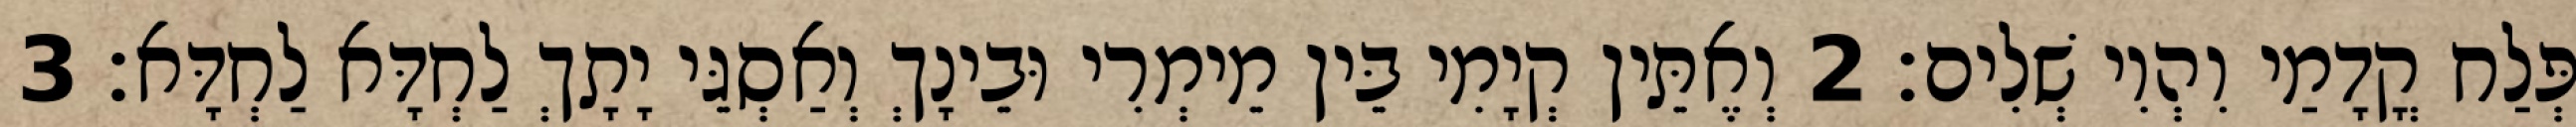
פְּלַח קֳדָמַי וִהְוִי שְׁלִים׃ 2 וְאֶתֵּין קְיָמִי בֵּין מֵימְרִי וּבֵינָךְ וְאַסְגֵּי יָתָךְ לַחְדָּא לַחְדָּא׃ 3